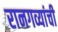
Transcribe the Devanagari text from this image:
रानगव्यांची